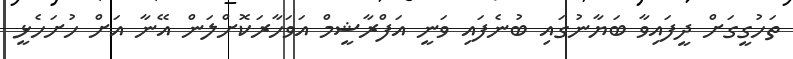
ތަހުގީގަށް ދީފައިވާ ބަޔާނުގައި ބުނެފައި ވަނީ އަފްރާޝީމް އަވަހާރަކޮށްލަން އޭނާ އަށް ހުށަހެޅީ